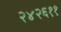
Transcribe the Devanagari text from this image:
२४२६११